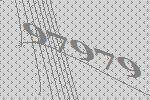
97979